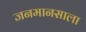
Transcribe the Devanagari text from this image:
जनमानसाला